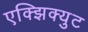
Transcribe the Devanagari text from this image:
एक्झिक्युट